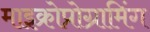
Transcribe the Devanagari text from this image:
माइक्रोप्रोग्रामिंग